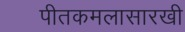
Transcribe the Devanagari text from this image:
पीतकमलासारखी